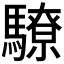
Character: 𩦚